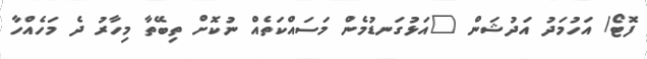
ފޮޓޯ/ އަހުމަދު އަދުޝަން "އަޅުގަނޑުމެން މަސައްކަތެއް ނުކޮށް ތިބޭތާ މިހާރު ދެ މަހެއްހާ